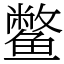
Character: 鳖